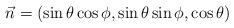
LaTeX: \begin{align*}\vec{n}=(\sin \theta \cos \phi, \sin \theta \sin \phi, \cos \theta)\end{align*}